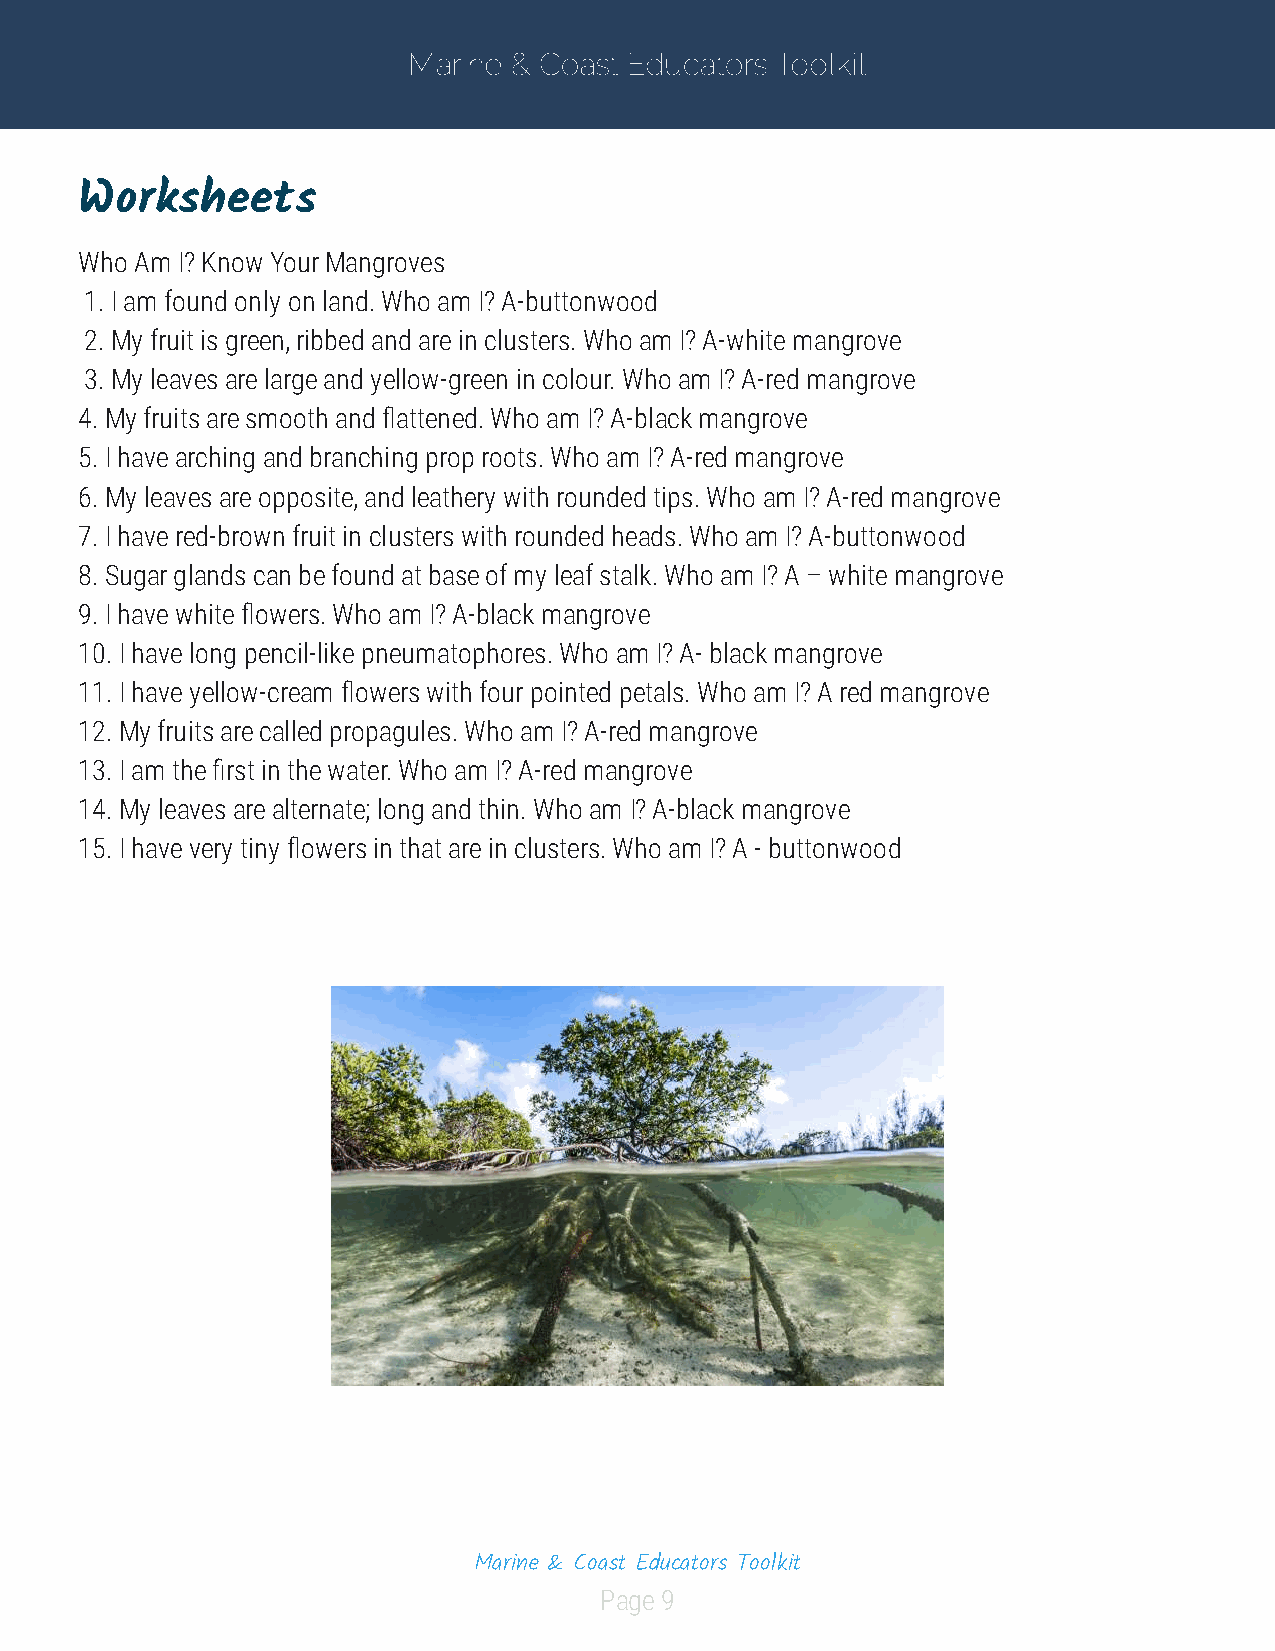
Marine & Coast Educators Toolkit
 Worksheets
 Who Am I? Know Your Mangroves
 1. I am found only on land. Who am I? A-buttonwood
 2. My fruit is green, ribbed and are in clusters. Who am I? A-white mangrove
 3. My leaves are large and yellow-green in colour. Who am I? A-red mangrove
 4. My fruits are smooth and attened. Who am I? A-black mangrove
 5. I have arching and branching prop roots. Who am I? A-red mangrove
 6. My leaves are opposite, and leathery with rounded tips. Who am I? A-red mangrove
 7. I have red-brown fruit in clusters with rounded heads. Who am I? A-buttonwood
 8. Sugar glands can be found at base of my leaf stalk. Who am I? A – white mangrove
 9. I have white owers. Who am I? A-black mangrove
 10. I have long pencil-like pneumatophores. Who am I? A- black mangrove
 11. I have yellow-cream owers with four pointed petals. Who am I? A red mangrove
 12. My fruits are called propagules. Who am I? A-red mangrove
 13. I am the rst in the water. Who am I? A-red mangrove
 14. My leaves are alternate; long and thin. Who am I? A-black mangrove
 15. I have very tiny owers in that are in clusters. Who am I? A - buttonwood
 Marine & Coast Educators Toolkit
 Page 9